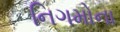
નિગમોના